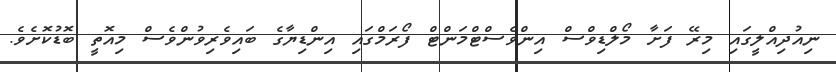
ނިއުދިއްލީގައި މިރޭ ފަށާ މޯލްޑިވްސް އިންވެސްޓްމަންޓް ފޯރަމްގައި އިންޑިޔާގެ ބައިވެރިވުންވެސް މިއޮތީ ބޮޑުކޮށެވެ.